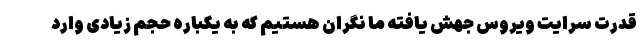
قدرت سرایت ویروس جهش یافته ما نگران هستیم که به یکباره حجم زیادی وارد